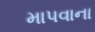
માપવાના